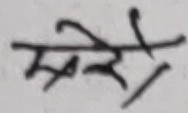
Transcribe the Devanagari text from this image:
स्वारे